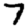
Digit: 7